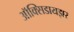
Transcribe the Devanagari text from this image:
ऑक्‍सिडायझर